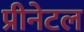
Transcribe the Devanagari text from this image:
प्रीनेटल